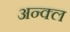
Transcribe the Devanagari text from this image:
अन्क्ल